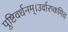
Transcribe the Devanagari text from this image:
पुष्टिवर्धनम्।उर्वारुकमिव